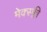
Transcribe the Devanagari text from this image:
मेक्स्फ्ली